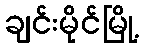
ချင်းမိုင်မြို့